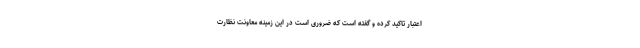
اعتبار تاکید کرده و گفته است که ضروری است در این زمینه معاونت نظارت